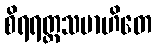
စိရရတ္တသမာဟိတေ